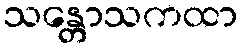
သန္တောသကထာ